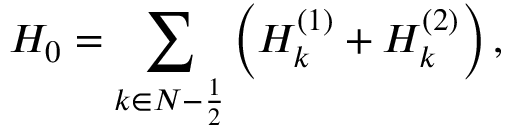
H _ { 0 } = \sum _ { k \in { \cal N } - \frac 1 2 } \left( H _ { k } ^ { ( 1 ) } + H _ { k } ^ { ( 2 ) } \right) ,